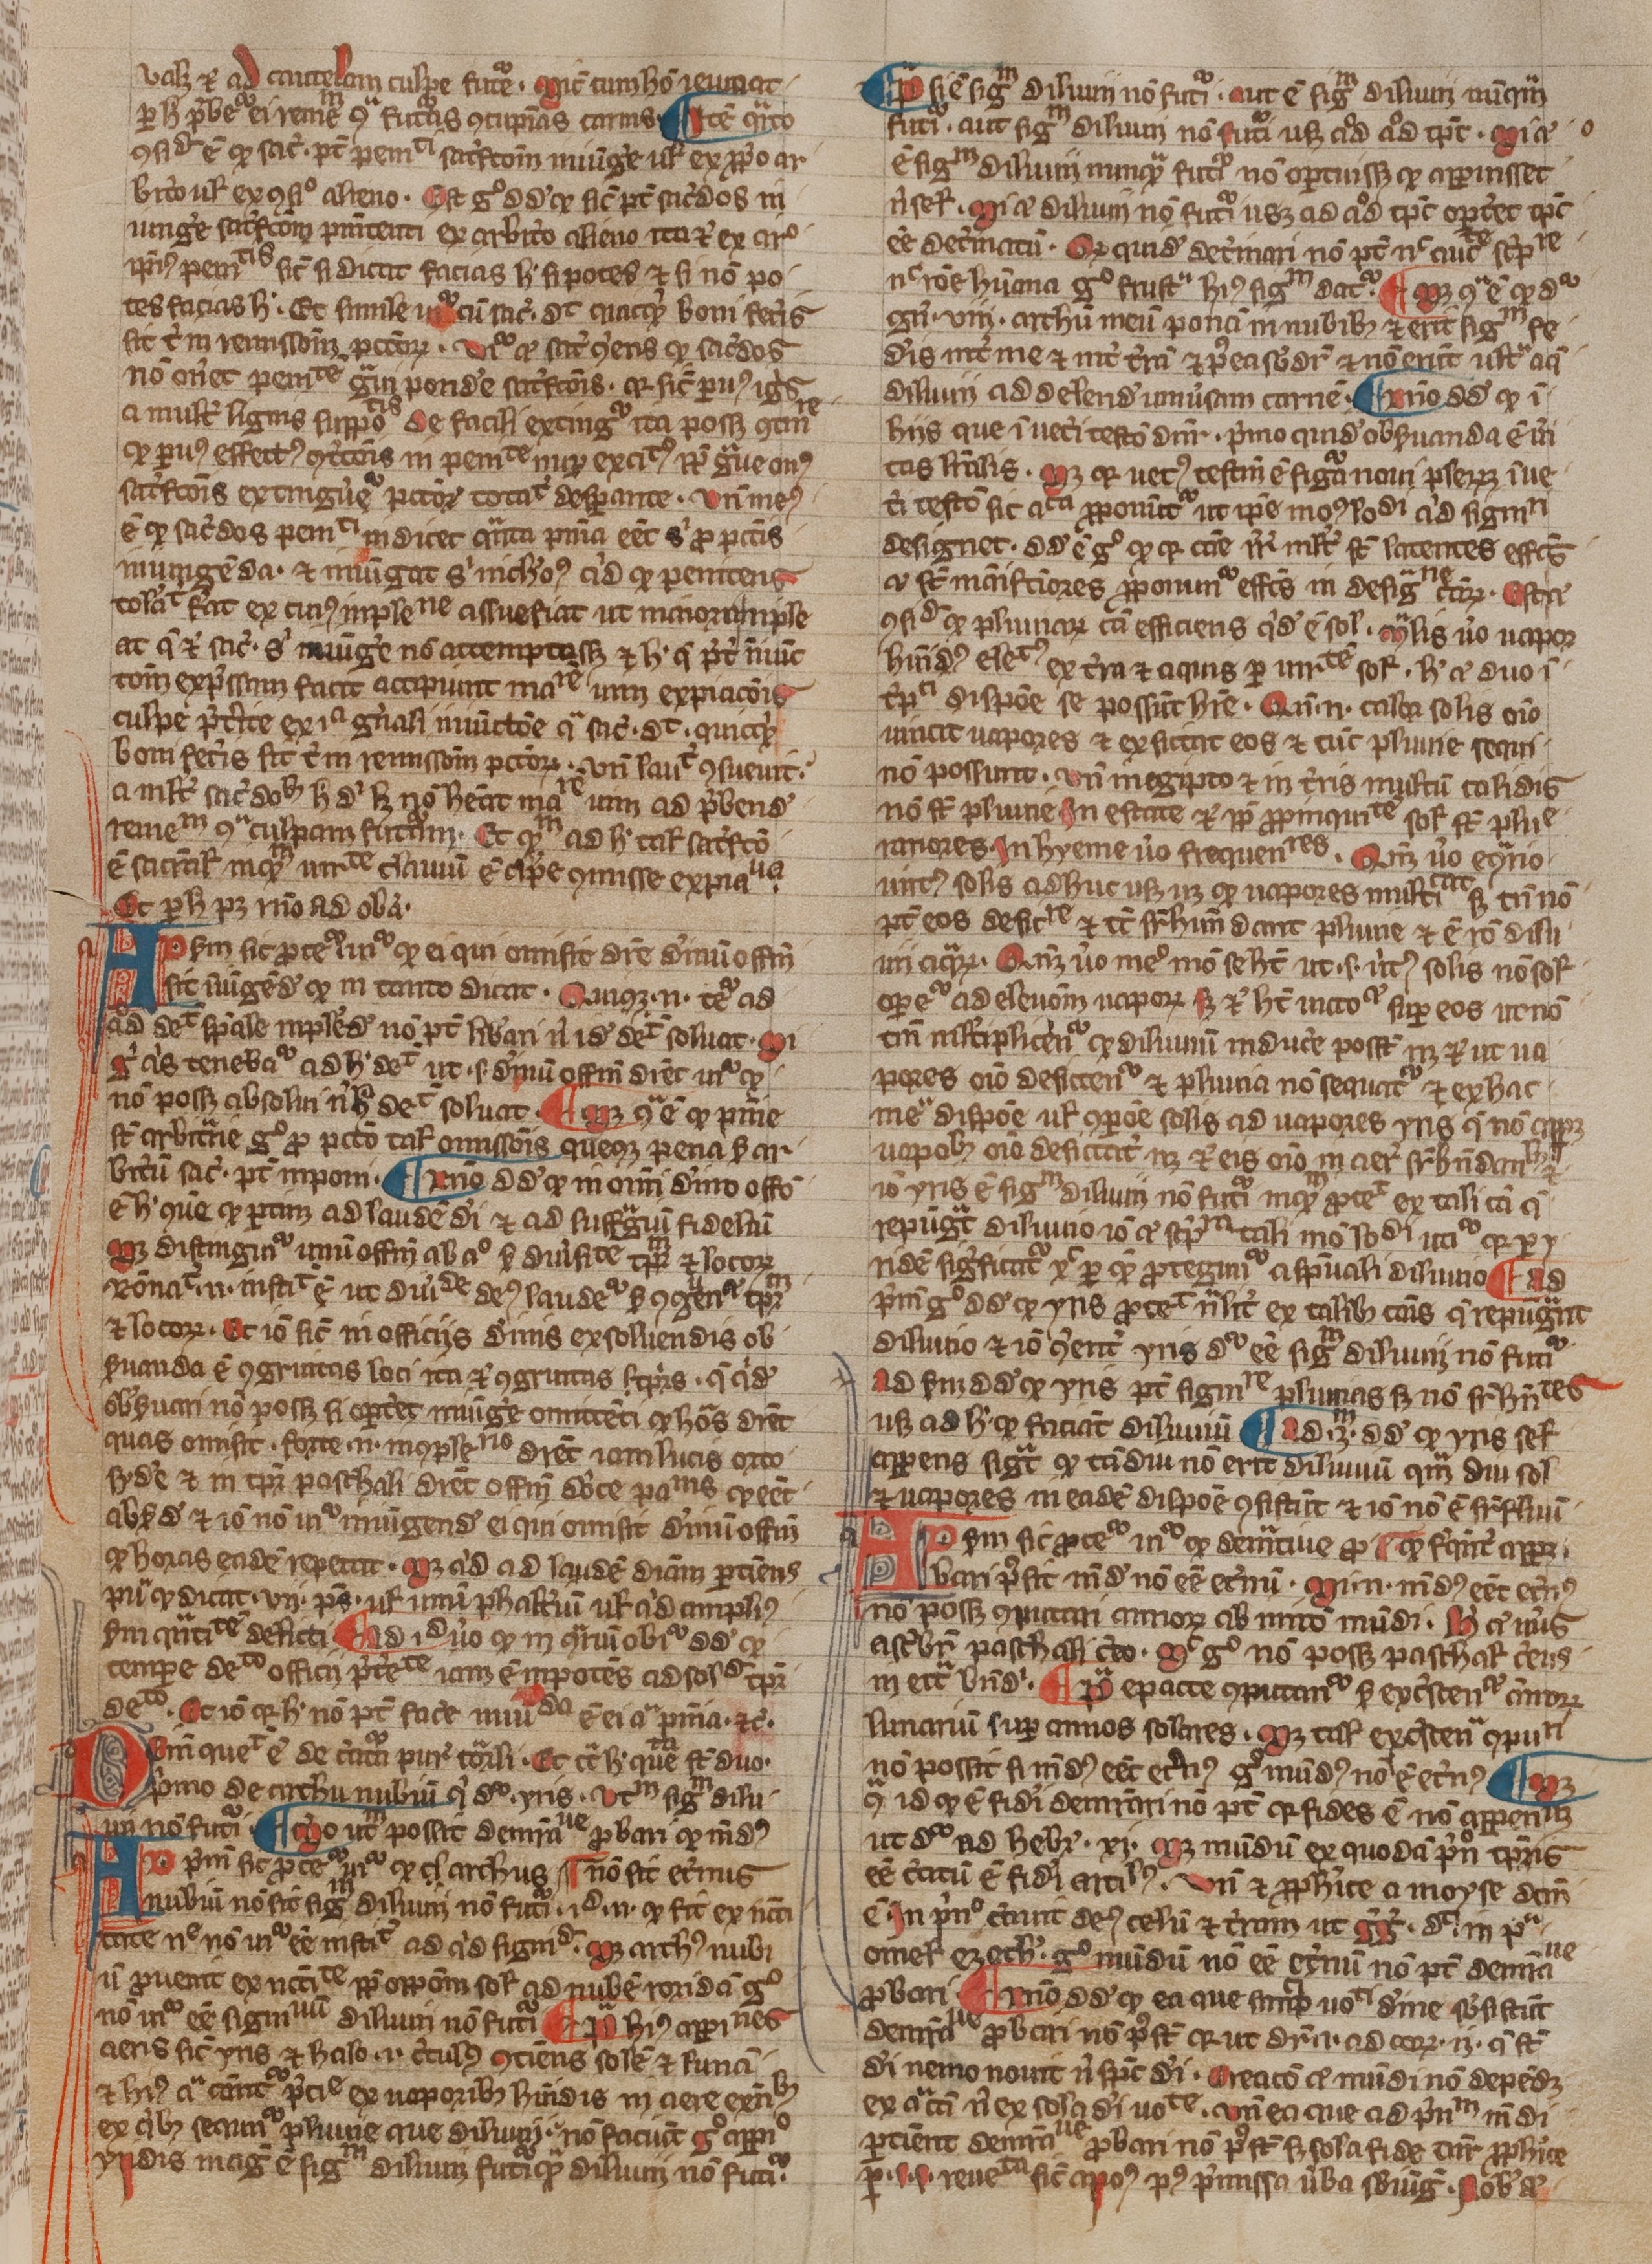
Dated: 1300–1399